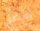
أفضل